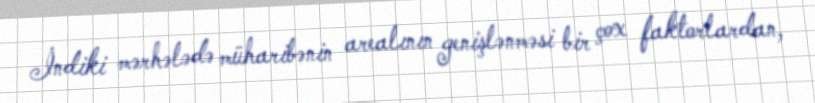
İndiki mərhələdə müharibənin arealının genişlənməsi bir çox faktorlardan,